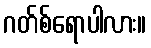
ဂတ်စ်ရောပါလား။